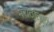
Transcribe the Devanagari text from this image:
मराठातही